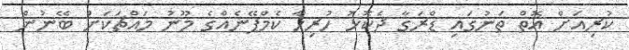
ކުރިއަށް އޮތް ތަނުގައި ޑްރަގާ ދެކޮޅު ހުރިހާ ކެމްޕޭނެއްގެ މޫނު މައްޗަކަށް ބޭނުން